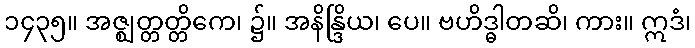
၁၄၃၅။ အဇ္ဈတ္တတ္တိကေ၊ ၌။ အနိန္ဒြိယ၊ ပေ။ ဗဟိဒ္ဓါတဆိ၊ ကား။ ဣဒံ၊